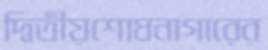
দ্বিতীয়শোধনাগারের